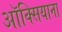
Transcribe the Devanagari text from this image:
ऑक्सियाना